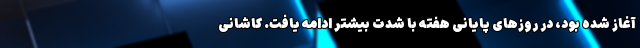
آغاز شده بود، در روزهای پایانی هفته با شدت بیشتر ادامه یافت. کاشانی